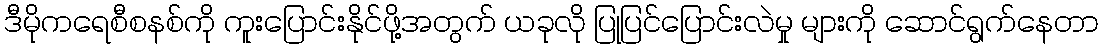
ဒီမိုကရေစီစနစ်ကို ကူးပြောင်းနိုင်ဖို့အတွက် ယခုလို ပြုပြင်ပြောင်းလဲမှု များကို ဆောင်ရွက်နေတာ